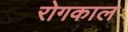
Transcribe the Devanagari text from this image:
रोगकाल